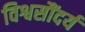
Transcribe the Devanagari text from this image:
विश्वसौंदर्य